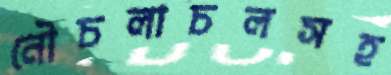
নৌচলাচলসহ